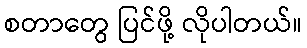
စတာတွေ ပြင်ဖို့ လိုပါတယ်။